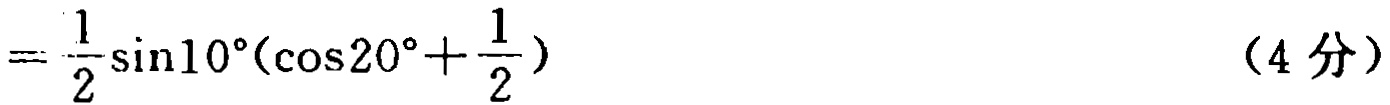
$=\frac{1}{2}\sin10^{\circ}(\cos20^{\circ}+\frac{1}{2})\qquad(4\text{ 分})$